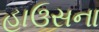
હાઉસના